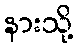
နားသို့